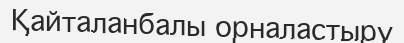
Қайталанбалы орналастыру